Mental hospitals Bombay report 1929-33 - 1929-1933
Year: 1929
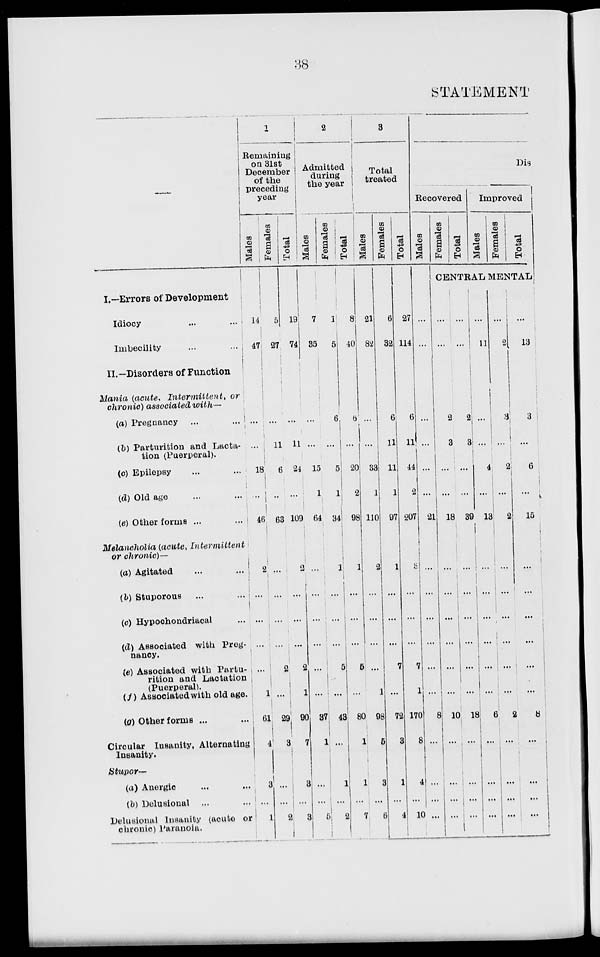
38
STATEMENT
—
I.—Errors of Development
Idiocy ... ....
Imbecility ... ...
II.—Disorders of Function
Mania (acute, Intermittent,
or
chronic) associated with—
(a) Pregnancy ... ...
(b) Parturition and Lacta-
tion (Puerperal).
(c) Epilepsy ... ...
(d) Old age ... ...
(e) Other forms ... ...
Melancholia (acute,
Intermittent
or chronic)—
(a) Agitated
(b) Stuporous ... ...
(c) Hypochondriacal
(d) Associated with Preg-
nancy.
(e) Associated with Partu-
rition and Lactation
(Puerperal).
(f) Associated with old age.
(g) Other forms ...
Circular Insanity, Alternating
Insanity.
Stupor—
(a) Anergic ... ...
(b) Delusional
... ...
Delusional Insanity (acute or
chronic) Paranoia.
1
Remaining
on 31st
December
of the
preceding
year
Males
14
47
...
...
18
...
46
2
...
...
...
...
l
61
4
3
...
1
Females
5
27
...
11
6
...
63
...
...
...
...
2
...
29
3
...
...
2
Total
19
74
...
11
24
...
109
2
...
...
...
2
1
90
7
3
...
3
2
Admitted
during
the year
Males
7
35
...
...
15
1
64
...
...
...
...
...
...
37
1
...
...
5
Females
1
5
6
...
5
1
34
1
...
...
...
5
...
43
...
1
...
2
Total
8
40
6
...
20
2
98
1
...
...
6
...
80
1
1
...
7
3
Total
treated
Males
21
82
...
...
33
1
110
2
...
...
...
...
1
98
5
3
...
6
Females
6
32
6
11
11
1
97
1
...
...
...
7
...
72
3
1
...
4
Total
27
114
6
11
44
2
207
3
...
...
...
7
1
170
8
4
...
10
Dis
Recovered
Males
...
...
...
...
...
...
21
...
...
...
...
...
...
8
...
...
...
...
Females
Total
Improved
Males
Females
Total
CENTRAL MENTAL
...
...
2
3
...
...
18
...
...
...
...
...
...
10
...
...
...
...
...
...
2
3
...
...
39
...
...
...
...
...
...
18
...
...
...
...
...
11
...
...
4
...
13
...
...
...
...
...
...
6
...
...
...
...
...
2
3
...
2
...
2
...
: ...
...
...
...
...
2
...
...
...
...
...
13
3
...
6
...
15
...
...
...
...
...
...
8
...
...
...
...